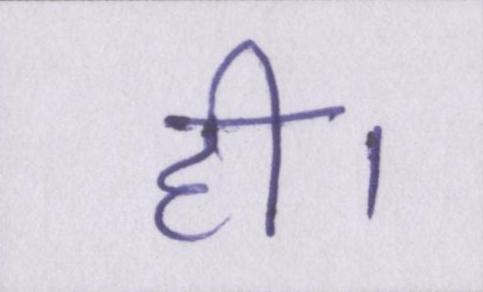
ही।